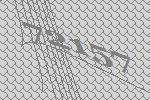
72157